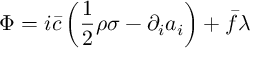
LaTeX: \Phi = i \bar { c } \left( \frac { 1 } { 2 } \rho \sigma - \partial _ { i } a _ { i } \right) + \bar { f } \lambda \;